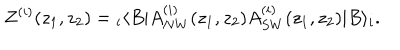
Z ^ { ( i ) } ( z _ { 1 } , z _ { 2 } ) = { } _ { i } \langle B | A _ { N W } ^ { ( i ) } ( z _ { 1 } , z _ { 2 } ) A _ { S W } ^ { ( i ) } ( z _ { 1 } , z _ { 2 } ) | B \rangle _ { i } .